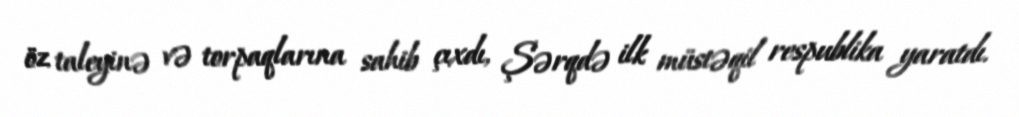
öz taleyinə və torpaqlarına sahib çıxdı, Şərqdə ilk müstəqil respublika yaratdı.